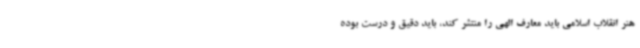
هنر انقلاب اسلامی باید معارف الهی را منتشر کند، باید دقیق و درست بوده